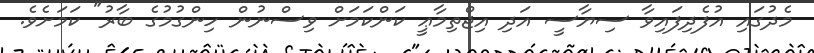
މެދުގައި އުފެދިފައިވާ ސިޔާސީ އަދި އިޖްތިމާޢީ ކަންކަމަށް ވިސްނުން ހިންގުމުގެ ބާރު" ކަމަށެވެ.